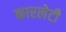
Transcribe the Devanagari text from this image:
कारलेटी